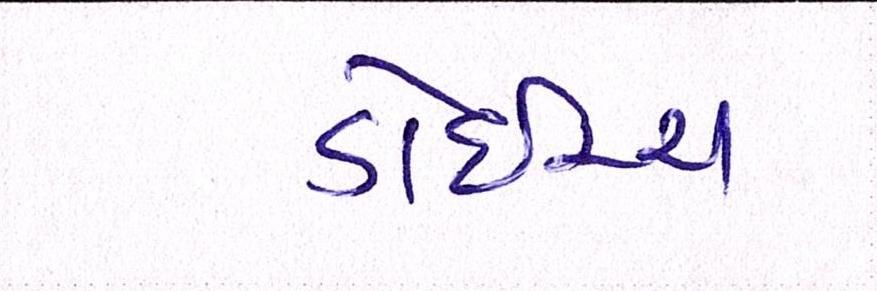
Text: ડોઇચ્ચ